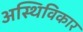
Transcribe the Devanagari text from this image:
अस्थिविकार